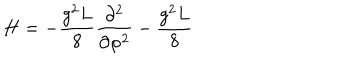
H = - \frac { g ^ { 2 } L } { 8 } \frac { \partial ^ { 2 } } { \partial \varphi ^ { 2 } } - \frac { g ^ { 2 } L } { 8 }